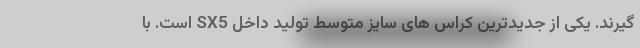
گیرند. یکی از جدیدترین کراس های سایز متوسط تولید داخل SX5 است. با